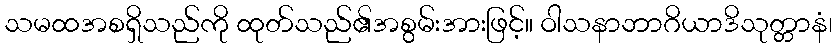
သမထအစရှိသည်ကို ထုတ်သည်၏အစွမ်းအားဖြင့်။ ဝါသနာဘာဂိယာဒိသုတ္တာနံ၊